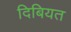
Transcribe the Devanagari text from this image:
दिबियत